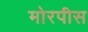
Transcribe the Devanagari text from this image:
मोरपीस